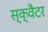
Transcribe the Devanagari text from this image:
स्क्वैटर